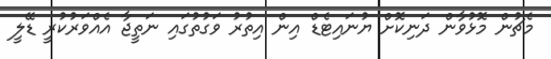
މެޗުން މޮޅުވާން ދަނިކޮށް ޔުނައިޓެޑް އިން އިތުރު ވަގުތުގައި ނަތީޖާ އެއްވަރުކުރީ ޑޭލީ